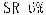
SR 6%